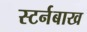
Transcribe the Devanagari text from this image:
स्टर्नबाख